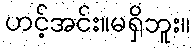
ဟင့်အင်း။မရှိဘူး။